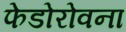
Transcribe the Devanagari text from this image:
फेडोरोवना